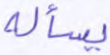
يسأله